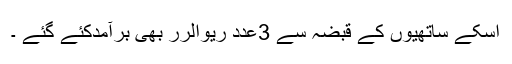
اسکے ساتھیوں کے قبضہ سے 3عدد ریوالرر بھی برآمدکئے گئے ۔